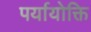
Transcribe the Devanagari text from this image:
पर्यायोक्ति